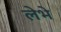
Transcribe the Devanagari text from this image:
लेभे